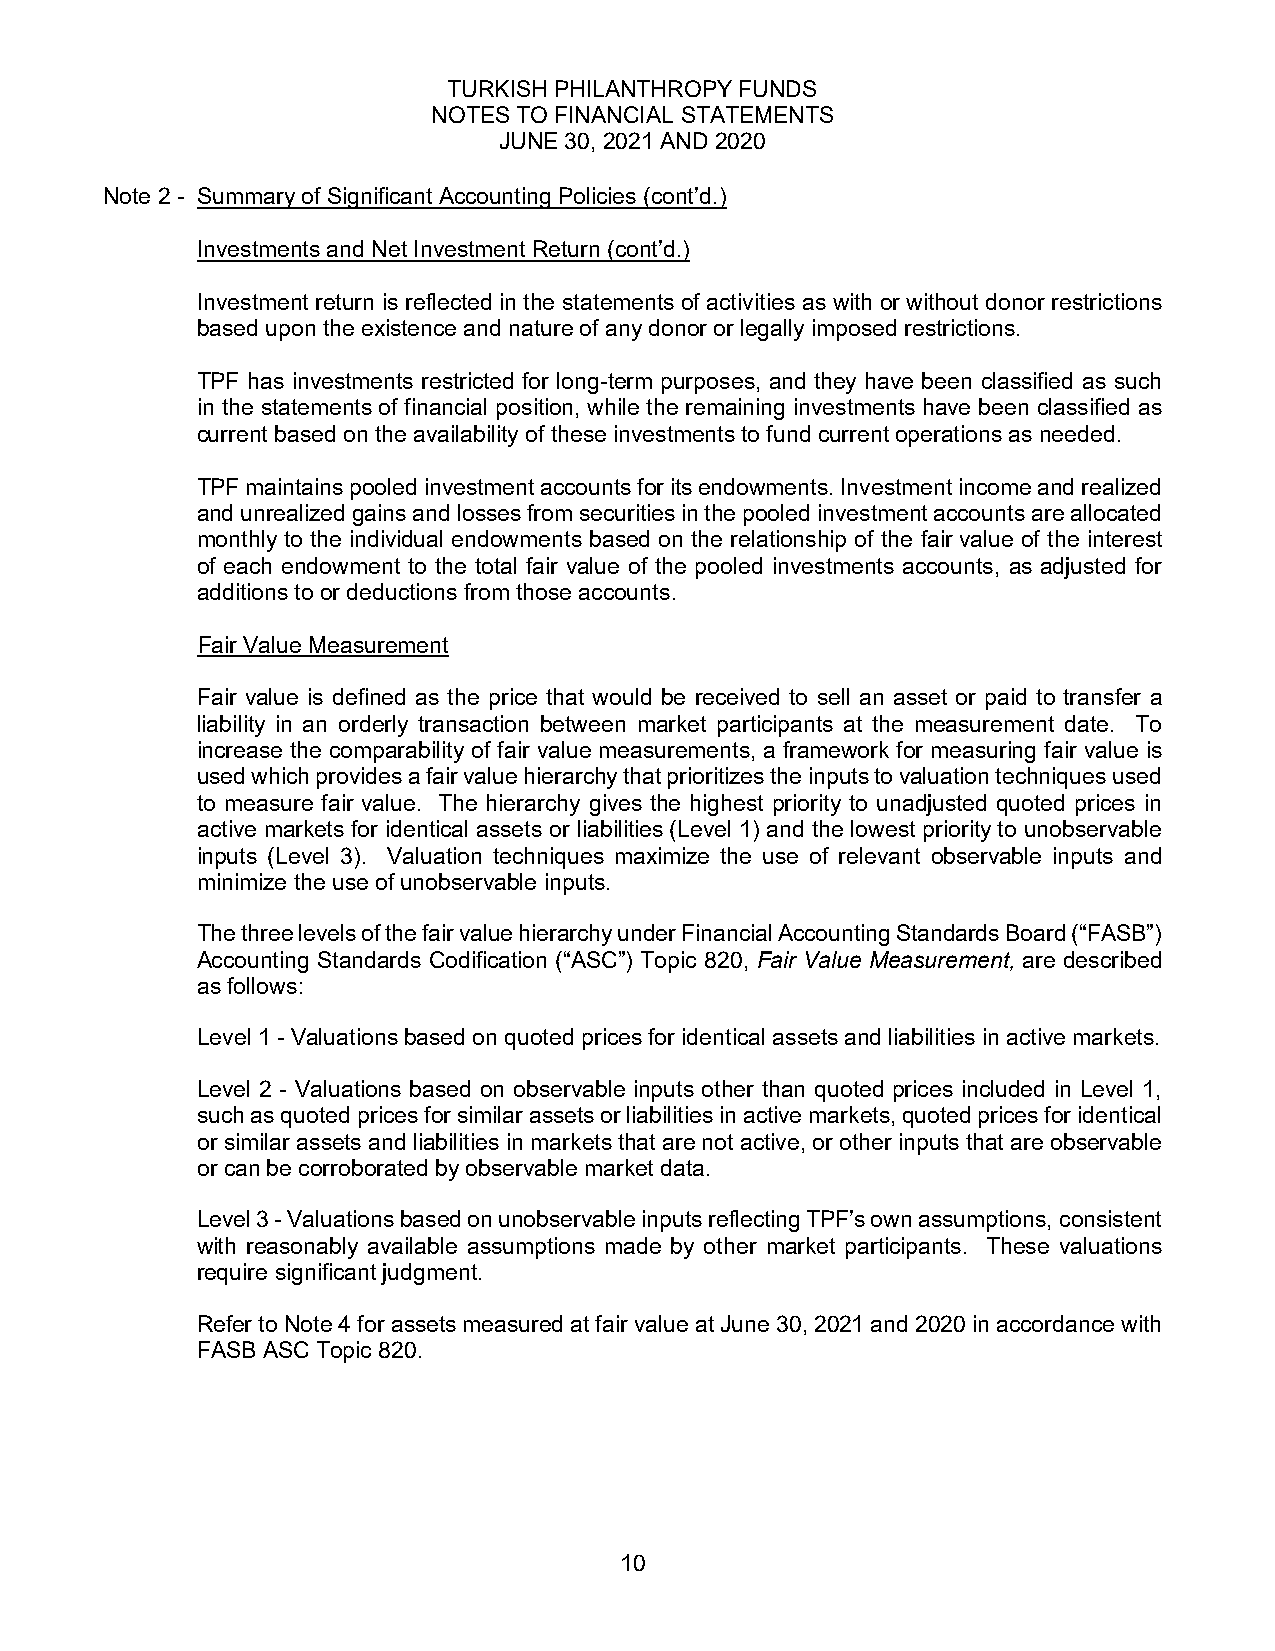
TURKISH PHILANTHROPY FUNDS
 NOTES TO FINANCIAL STATEMENTS
 JUNE 30, 2021 AND 2020
 Note 2 - Summary of Significant Accounting Policies (cont’d.)
 Investments and Net Investment Return (cont’d.)
 Investment return is reflected in the statements of activities as with or without donor restrictions
 based upon the existence and nature of any donor or legally imposed restrictions.
 TPF has investments restricted for long-term purposes, and they have been classified as such
 in the statements of financial position, while the remaining investments have been classified as
 current based on the availability of these investments to fund current operations as needed.
 TPF maintains pooled investment accounts for its endowments. Investment income and realized
 and unrealized gains and losses from securities in the pooled investment accounts are allocated
 monthly to the individual endowments based on the relationship of the fair value of the interest
 of each endowment to the total fair value of the pooled investments accounts, as adjusted for
 additions to or deductions from those accounts.
 Fair Value Measurement
 Fair value is defined as the price that would be received to sell an asset or paid to transfer a
 liability in an orderly transaction between market participants at the measurement date. To
 increase the comparability of fair value measurements, a framework for measuring fair value is
 used which provides a fair value hierarchy that prioritizes the inputs to valuation techniques used
 to measure fair value. The hierarchy gives the highest priority to unadjusted quoted prices in
 active markets for identical assets or liabilities (Level 1) and the lowest priority to unobservable
 inputs (Level 3). Valuation techniques maximize the use of relevant observable inputs and
 minimize the use of unobservable inputs.
 The three levels of the fair value hierarchy under Financial Accounting Standards Board (“FASB”)
 Accounting Standards Codification (“ASC”) Topic 820, Fair Value Measurement, are described
 as follows:
 Level 1 - Valuations based on quoted prices for identical assets and liabilities in active markets.
 Level 2 - Valuations based on observable inputs other than quoted prices included in Level 1,
 such as quoted prices for similar assets or liabilities in active markets, quoted prices for identical
 or similar assets and liabilities in markets that are not active, or other inputs that are observable
 or can be corroborated by observable market data.
 Level 3 - Valuations based on unobservable inputs reflecting TPF’s own assumptions, consistent
 with reasonably available assumptions made by other market participants. These valuations
 require significant judgment.
 Refer to Note 4 for assets measured at fair value at June 30, 2021 and 2020 in accordance with
 FASB ASC Topic 820.
 10